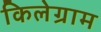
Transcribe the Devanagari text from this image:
किलेग्राम